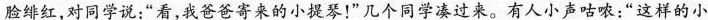
脸绛红，对同学说；“看，我爸爸寄来的小提琴！”几个同学凑过来。有人小声咕哝：“这样的